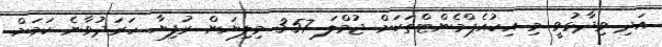
އަދި ވިދާޅުވީ މި އިކުއެޕްމެންޓްތަކަށް ޖުމްލަ 3.57 މިލިޔަން ރުފިޔާ ހަރަދުވާނެ ކަމަށް